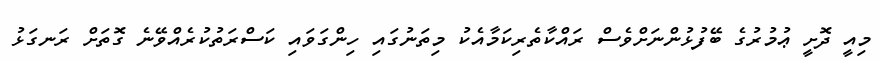
މިއީ ދޮށީ ޢުމުރުގެ ބޭފުޅުންނަށްވެސް ރައްކާތެރިކަމާއެކު މިތަނުގައި ހިންގަވައި ކަސްރަތުކުރެއްވޭނެ ގޮތަށް ރަނގަޅު